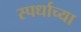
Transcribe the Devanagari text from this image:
स्पर्धाच्या